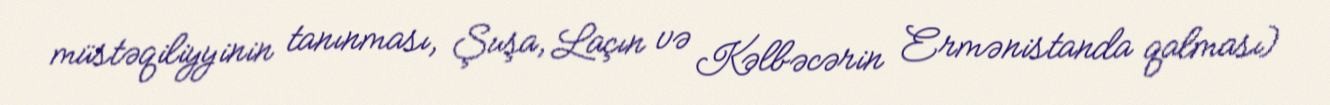
müstəqiliyyinin tanınması, Şuşa, Laçın və Kəlbəcərin Ermənistanda qalması)